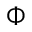
\Phi